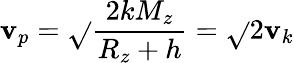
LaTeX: \mathbf{v}_{p}=\sqrt{}{{\frac{{2kM_{z}}}{{R_{z}+h}}}}=\sqrt{}{{2}}\mathbf{v}_{k}